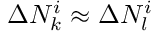
\Delta N _ { k } ^ { i } \approx \Delta N _ { l } ^ { i }